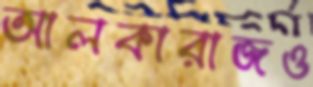
আলকারাজও